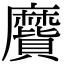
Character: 𪎬